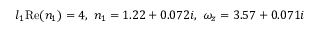
l _ { 1 } \mathrm { R e } ( n _ { 1 } ) = 4 , \, \, n _ { 1 } = 1 . 2 2 + 0 . 0 7 2 i , \, \, \omega _ { z } = 3 . 5 7 + 0 . 0 7 1 i